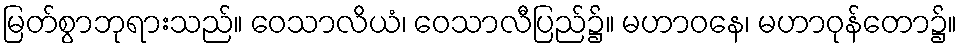
မြတ်စွာဘုရားသည်။ ဝေသာလိယံ၊ ဝေသာလီပြည်၌။ မဟာဝနေ၊ မဟာဝုန်တော၌။